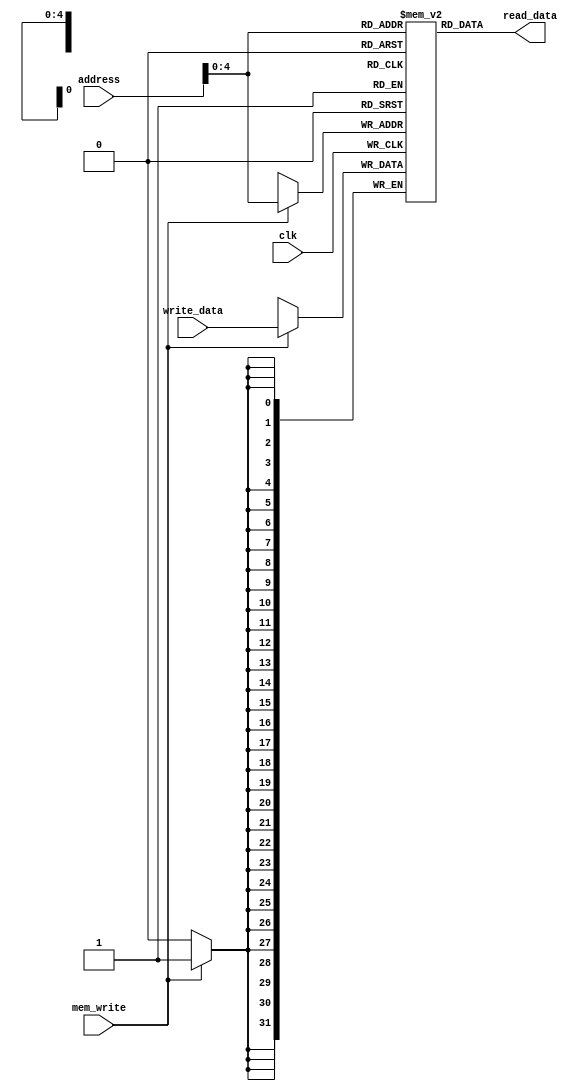
`timescale 1ns / 1ps

/*
Group No. : 14
Members : 
	Arijit Kar (16CS30005)
	Manad Mishra (16CS30019)
*/

module data_memory(address, write_data, read_data, mem_write, clk);

	input [31:0] address, write_data;
	input mem_write;
	output [31:0] read_data;
	input clk;
	
	reg [31:0] Data_Memory [31:0];
	
	assign read_data = Data_Memory[address[4:0]];

	always @(posedge clk)
	begin
		if(mem_write)
			Data_Memory[address[4:0]] <= write_data;
	end
endmodule